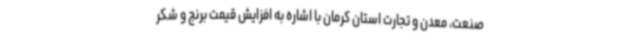
صنعت، معدن و تجارت استان کرمان با اشاره به افزایش قیمت برنج و شکر